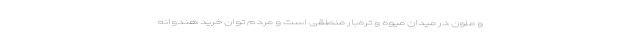
و ملون در میدان میوه و تره‌بار منطقی است و مردم توان خرید هندوانه